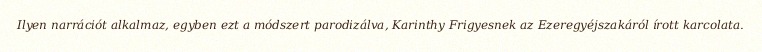
Ilyen narrációt alkalmaz, egyben ezt a módszert parodizálva, Karinthy Frigyesnek az Ezeregyéjszakáról írott karcolata.